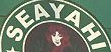
SEAYAHI